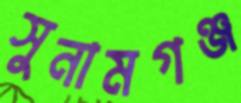
সুনামগঞ্জ